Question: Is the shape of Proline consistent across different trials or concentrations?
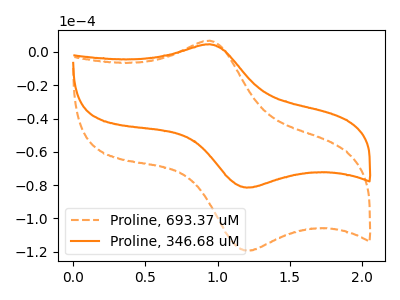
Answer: <think>The orange dashed curve "Proline, 693.37 uM" has an anodic peak at (0.95V, 6.75uA) and a cathodic peak at (1.20V, -119.45uA). The orange curve "Proline, 346.68 uM" has an anodic peak at (0.95V, 4.60uA) and a cathodic peak at (1.20V, -81.50uA).
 All the peaks in "Proline, 693.37 uM" have a peak in "Proline, 346.68 uM" at the same potential. Every peak in "Proline, 693.37 uM" is higher than every peak in "Proline, 346.68 uM".</think>
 <answer>All the CV's of "Proline" have similar shape.</answer>
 <eval>follow_rule</eval>